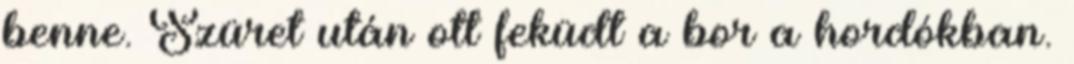
benne. Szüret után ott feküdt a bor a hordókban.